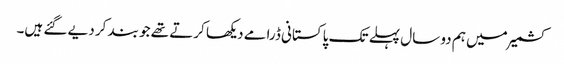
کشمیر میں ہم دو سال پہلے تک پاکستانی ڈرامے دیکھا کرتے تھے جو بند کر دیے گئے ہیں۔